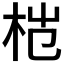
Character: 𬂦